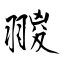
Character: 翪